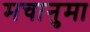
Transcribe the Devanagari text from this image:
मचानुमा